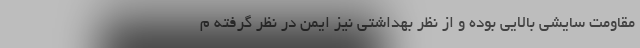
مقاومت سایشی بالایی بوده و از نظر بهداشتی نیز ایمن در نظر گرفته م